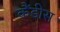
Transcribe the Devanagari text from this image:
कैंडीस